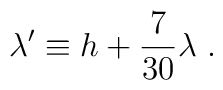
\lambda ' \equiv h + {7\over {30}} \lambda \ .